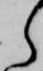
ら